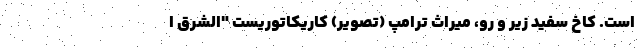
است. کاخ سفید زیر و رو، میراث ترامپ (تصویر) کاریکاتوریست "الشرق ا